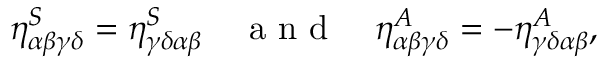
\eta _ { \alpha \beta \gamma \delta } ^ { S } = \eta _ { \gamma \delta \alpha \beta } ^ { S } \quad \textrm { a n d } \quad \eta _ { \alpha \beta \gamma \delta } ^ { A } = - \eta _ { \gamma \delta \alpha \beta } ^ { A } ,